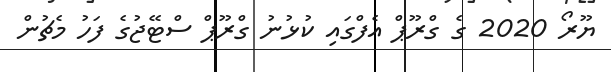
ޔޫރޯ 2020 ގެ ގްރޫޕް އެފްގައި ކުޅުނު ގްރޫޕް ސްޓޭޖުގެ ފަހު މެޗުން